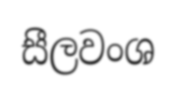
සීලවංශ